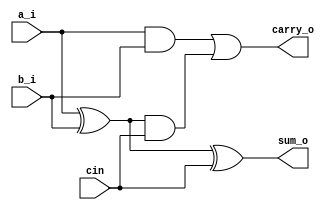
module full_adder (
    input a_i, b_i, cin,
    output sum_o, carry_o
);

    wire xor_res, first_and, second_and;
    
    assign xor_res = a_i ^ b_i;
    assign first_and = a_i & b_i;
    assign second_and = xor_res & cin;

    assign sum_o = xor_res ^ cin;
    assign carry_o = first_and | second_and;

endmodule